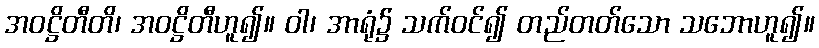
အဝဋ္ဌိတီတိ၊ အဝဋ္ဌိတီဟူ၍။ ဝါ၊ အာရုံ၌ သက်ဝင်၍ တည်တတ်သော သဘောဟူ၍။